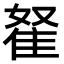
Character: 𨾯